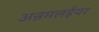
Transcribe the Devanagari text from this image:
अन्नमलईयर